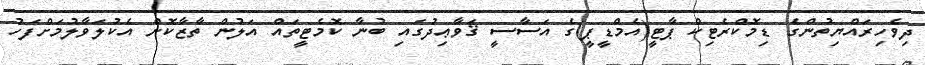
ދިވެހިރައްޔިތުންގެ ޑިމޮކްރެޓިކް ޕާޓީ(އެމްޑީޕީ)ގެ އަސާސީ ޤަވާޢިދުގައި ބުނާ ކޮމެޓީތައް އަލުން ތާޒާކޮށް އެކުލަވާލުމަށްފަހު